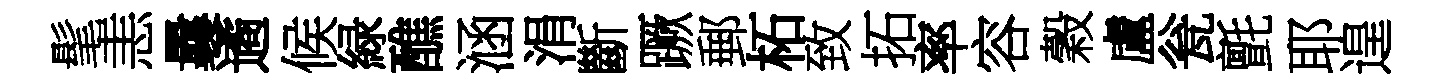
髦恚曩遹候緑醮涵涓斷蹶郵柘致拓率容穀盧瓮氈耶遑